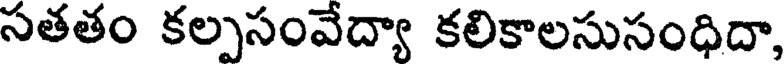
సతతం కల్పసంవేద్యా కలికాలసుసంధిదా,